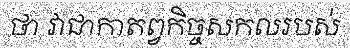
ថា វាជាកាតព្វកិច្ចសកលរបស់